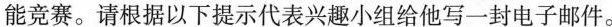
能竞赛。请根据以下提示代表兴趣小组给他写一封电子邮件。